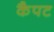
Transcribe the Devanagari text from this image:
कैपट